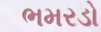
ભમરડો